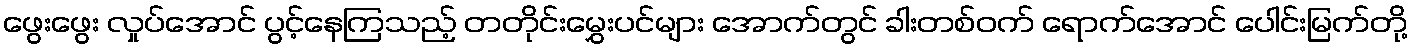
ဖွေးဖွေး လှုပ်အောင် ပွင့်နေကြသည့် တတိုင်းမွှေးပင်များ အောက်တွင် ခါးတစ်ဝက် ရောက်အောင် ပေါင်းမြက်တို့